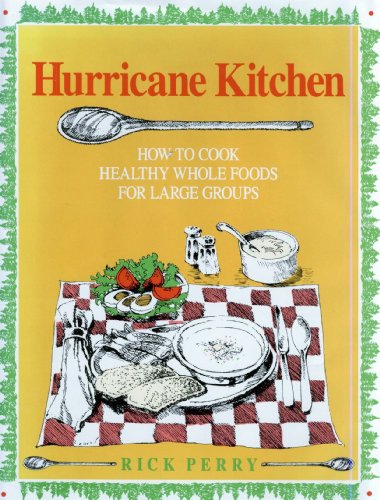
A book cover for Hurricane Kitchen : How to Cook Healthy, Whole Foods for Large Groups and Institutions; Rick Perry; Cookbooks, Food & Wine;